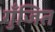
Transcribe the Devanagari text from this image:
गुँजित